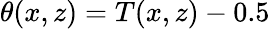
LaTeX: \theta(x,z)=T(x,z)-0.5